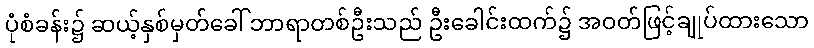
ပုံစံခန်း၌ ဆယ့်နှစ်မှတ်ခေါ် ဘာရာတစ်ဦးသည် ဦးခေါင်းထက်၌ အဝတ်ဖြင့်ချုပ်ထားသော